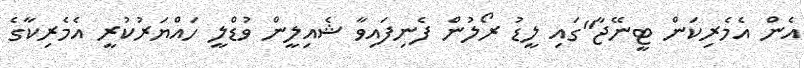
އެން އެމެރިކަން ޓީނޭޖާ"ގައި ލީޑު ރޯލުން ފެނިފައިވާ ޝެއިލީން ވުޑްލީ ހައްޔަރުކުރީ އެމެރިކާގެ